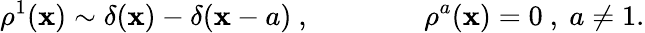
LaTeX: \rho^{1}(\mathbf{x})\sim\delta(\mathbf{x})-\delta(\mathbf{x}-a)\ ,\qquad\qquad\rho^{a}(\mathbf{x})=0\ ,\ a\neq1.